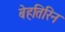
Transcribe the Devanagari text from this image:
बेहतिरिन